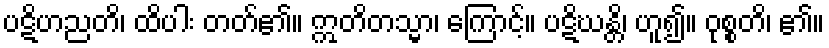
ပဋိဟညတိ၊ ထိပါး တတ်၏။ ဣတိတသ္မာ၊ ကြောင့်။ ပဋိဃန္တိ၊ ဟူ၍။ ဝုစ္စတိ၊ ၏။